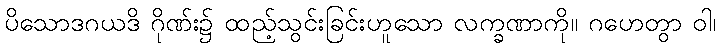
ပိသောဒဂယဒိ ဂိုဏ်း၌ ထည့်သွင်းခြင်းဟူသော လက္ခဏာကို။ ဂဟေတွာ ဝါ၊